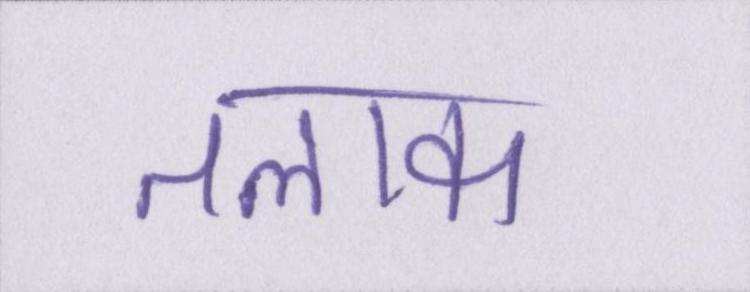
तलाक